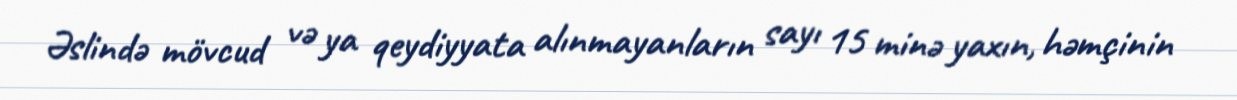
Əslində mövcud və ya qeydiyyata alınmayanların sayı 15 minə yaxın, həmçinin